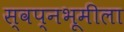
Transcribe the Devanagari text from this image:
स्वप्नभूमीला